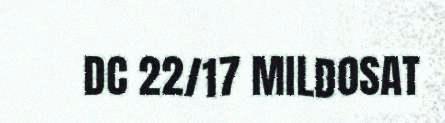
DC 22/17 MILDOSAT